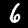
Label: 6